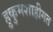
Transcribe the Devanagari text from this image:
हुकुमशाहीगत